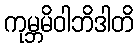
ကုမ္ဘမိဝါဘိဒါတိ